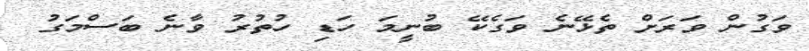
ވަގުން ވަރަށް ތެޅޭނެ ވަގެކޭ ބުނީމަ ހަޑި ހުތުރު ވާނެ ބަސްމަގު